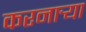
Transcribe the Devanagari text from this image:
करनार्‍या